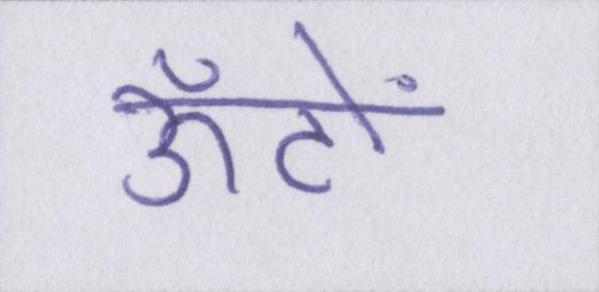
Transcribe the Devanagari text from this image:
ऊँटों